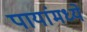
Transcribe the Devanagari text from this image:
पायांमध्ये